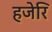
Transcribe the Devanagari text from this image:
हजेरि